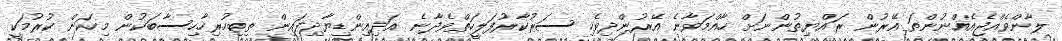
ލާންވެއްޖެއެއްނުންތަ އޭރުން ރައްޔިތުންނަށް ހާއްމަވާނެ އޭރުންދިވެހި ސަރުކާރުފަލީހަތްވެދާނެ އަދިއިންޑިޔާދިފައިން ތިބިހުރިހާހިސާބަކުން މިކަން ކުރުމަކީ